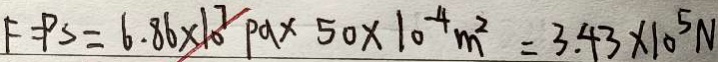
F = P s = 6 . 8 6 \times 1 0 ^ { 7 } P a \times 5 0 \times 1 0 ^ { - 4 } m ^ { 2 } = 3 . 4 3 \times 1 0 ^ { 5 } N